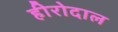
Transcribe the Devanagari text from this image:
हीरोदाल